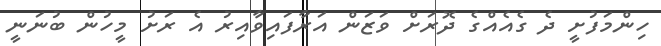
ހިންމަފުށީ ދެ ގެއެއްގެ ދޮރަށް ވަޒަން އަރާފައިވާއިރު އެ ރަށު މީހުން ބުނަނީ